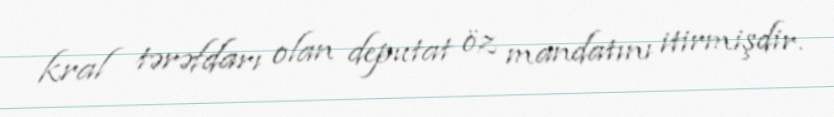
kral tərəfdarı olan deputat öz mandatını itirmişdir.